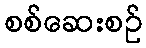
စစ်ဆေးစဉ်